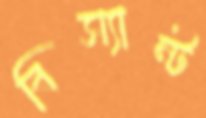
বিস্যান্ট